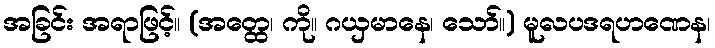
အခြင်း အရာဖြင့်။ (အတ္ထေ၊ ကို။ ဂယှမာနေ၊ သော်။) မူလပဒရဟဏေန၊